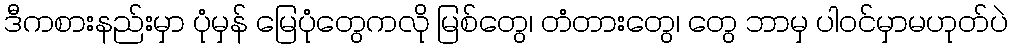
ဒီကစားနည်းမှာ ပုံမှန် မြေပုံတွေကလို မြစ်တွေ၊ တံတားတွေ၊ တွေ ဘာမှ ပါဝင်မှာမဟုတ်ပဲ